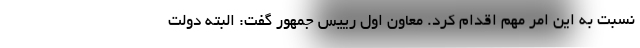
نسبت به این امر مهم اقدام کرد. معاون اول رییس جمهور گفت: البته دولت